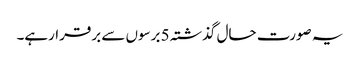
یہ صورت حال گذشتہ 5 برسوں سے برقرارہے۔